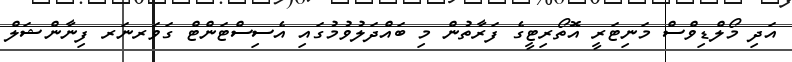
އަދި މޯލްޑިވްސް މަނިޓަރީ އޮތޯރިޓީގެ ފަރާތުން މި ބައްދަލުވުމުގައި އެސިސްޓަންޓް ގަވަރނަރ ފިނާންޝަލް